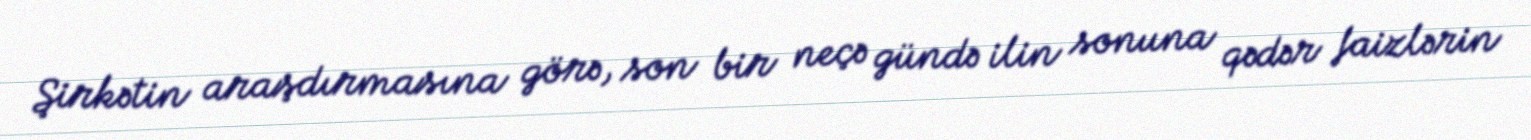
Şirkətin araşdırmasına görə, son bir neçə gündə ilin sonuna qədər faizlərin